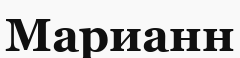
Марианн